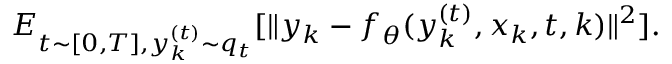
E _ { t \sim [ 0 , T ] , y _ { k } ^ { ( t ) } \sim q _ { t } } [ \| y _ { k } - f _ { \theta } ( y _ { k } ^ { ( t ) } , x _ { k } , t , k ) \| ^ { 2 } ] .